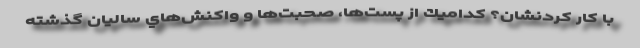
با کار کردنشان؟ كداميك از پست‌ها، صحبت‌ها و واكنش‌هاي ساليان گذشته